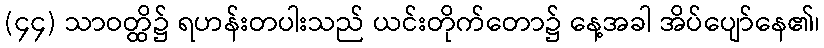
(၄၄) သာဝတ္ထိ၌ ရဟန်းတပါးသည် ယင်းတိုက်တော၌ နေ့အခါ အိပ်ပျော်နေ၏၊